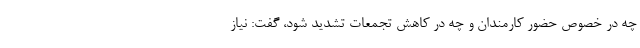
چه در خصوص حضور کارمندان و چه در کاهش تجمعات تشدید شود، گفت: نیاز